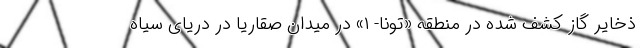
ذخایر گاز کشف شده در منطقه «تونا- ۱» در میدان صقاریا در دریای سیاه